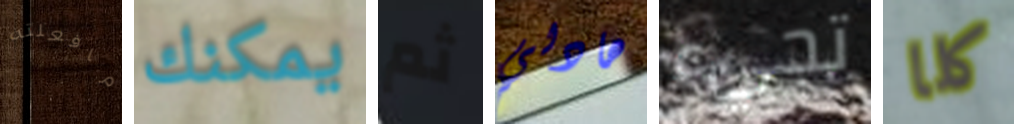
مافعلته يمكنك ثم هادلي تجيء كلا